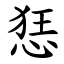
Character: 㤮